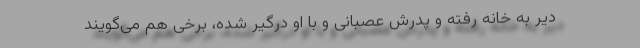
دیر به خانه رفته و پدرش عصبانی و با او درگیر شده، برخی هم می‌گویند